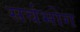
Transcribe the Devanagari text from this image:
सर्वभोग